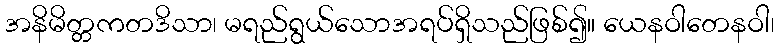
အနိမိတ္တကတဒိသာ၊ မရည်ရွယ်သောအရပ်ရှိသည်ဖြစ်၍။ ယေနဝါတေနဝါ၊